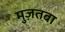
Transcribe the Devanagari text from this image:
मुज़तबा